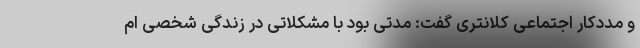
و مددکار اجتماعی کلانتری گفت: مدتی بود با مشکلاتی در زندگی شخصی ام